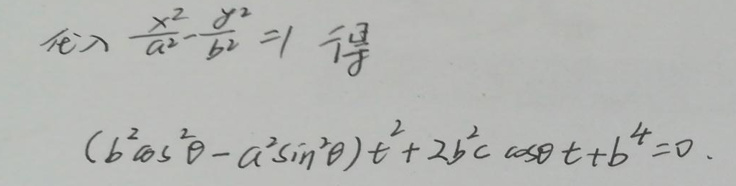
代入\(\frac{x^{2}}{a^{2}}-\frac{y^{2}}{b^{2}} = 1\)得\\
\[(b^{2}\cos^{2}\theta - a^{2}\sin^{2}\theta)t^{2}+2b^{2}c\cos\theta t + b^{4}=0.\]